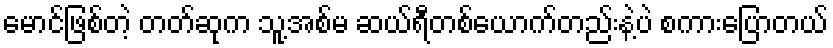
မောင်ဖြစ်တဲ့ တတ်ဆုက သူ့အစ်မ ဆယ်ရီတစ်ယောက်တည်းနဲ့ပဲ စကားပြောတယ်